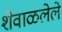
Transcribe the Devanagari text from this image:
शेवाळलेले